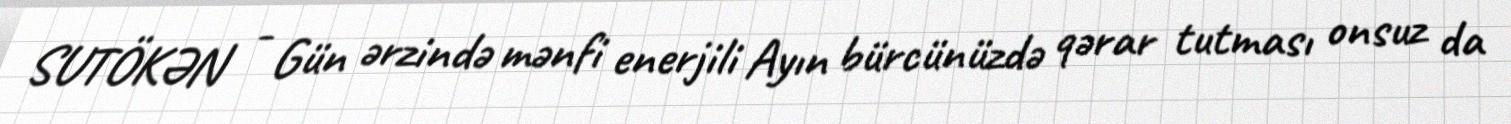
SUTÖKƏN - Gün ərzində mənfi enerjili Ayın bürcünüzdə qərar tutması onsuz da